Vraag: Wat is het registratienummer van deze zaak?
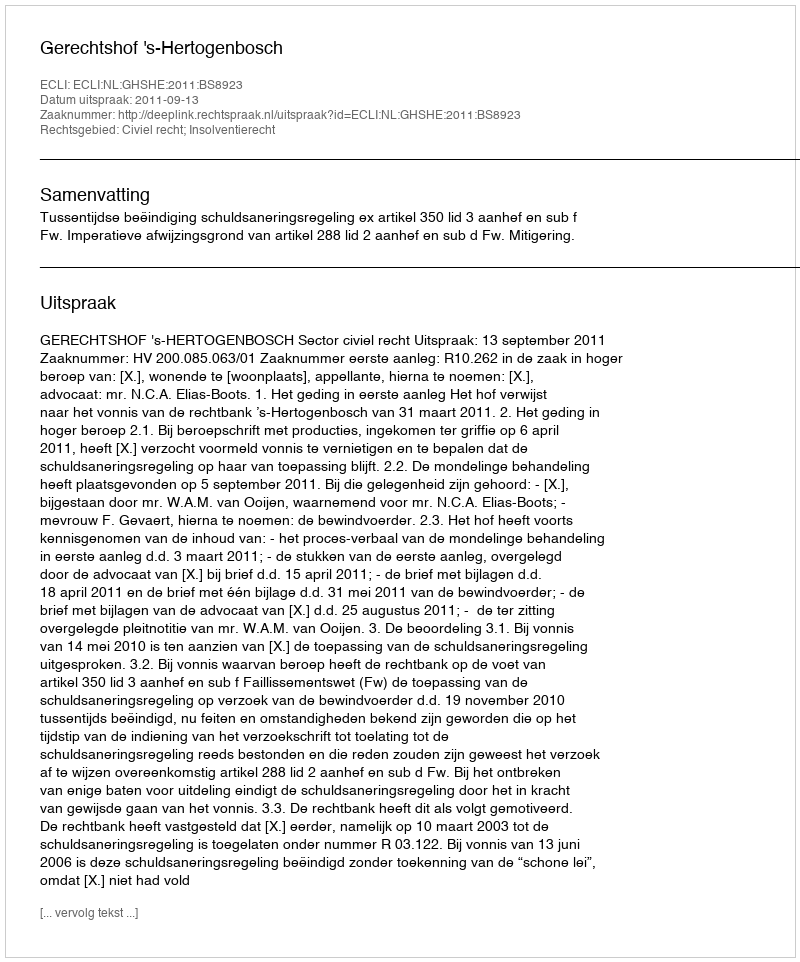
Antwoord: http://deeplink.rechtspraak.nl/uitspraak?id=ECLI:NL:GHSHE:2011:BS8923